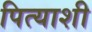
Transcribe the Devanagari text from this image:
पित्याशी